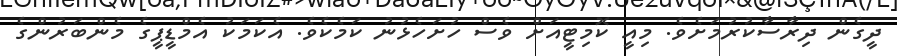
ދީގެން ދިރާސާކުރުމަށެވެ. މިއީ ކޮމިޓީއަށް ވެސް ހުށަހެޅުނު ކަމެކެވެ. އެކަމަކު އެމްޑީޕީގެ މެންބަރުންގެ